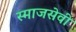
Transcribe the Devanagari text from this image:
स्माजसेवी